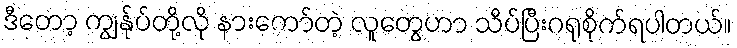
ဒီတော့ ကျွန်ုပ်တို့လို နားကော်တဲ့ လူတွေဟာ သိပ်ပြီးဂရုစိုက်ရပါတယ်။